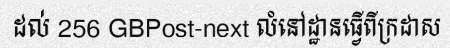
ដល់ 256 GBPost-next លំនៅដ្ឋានធ្វើពីក្រដាស